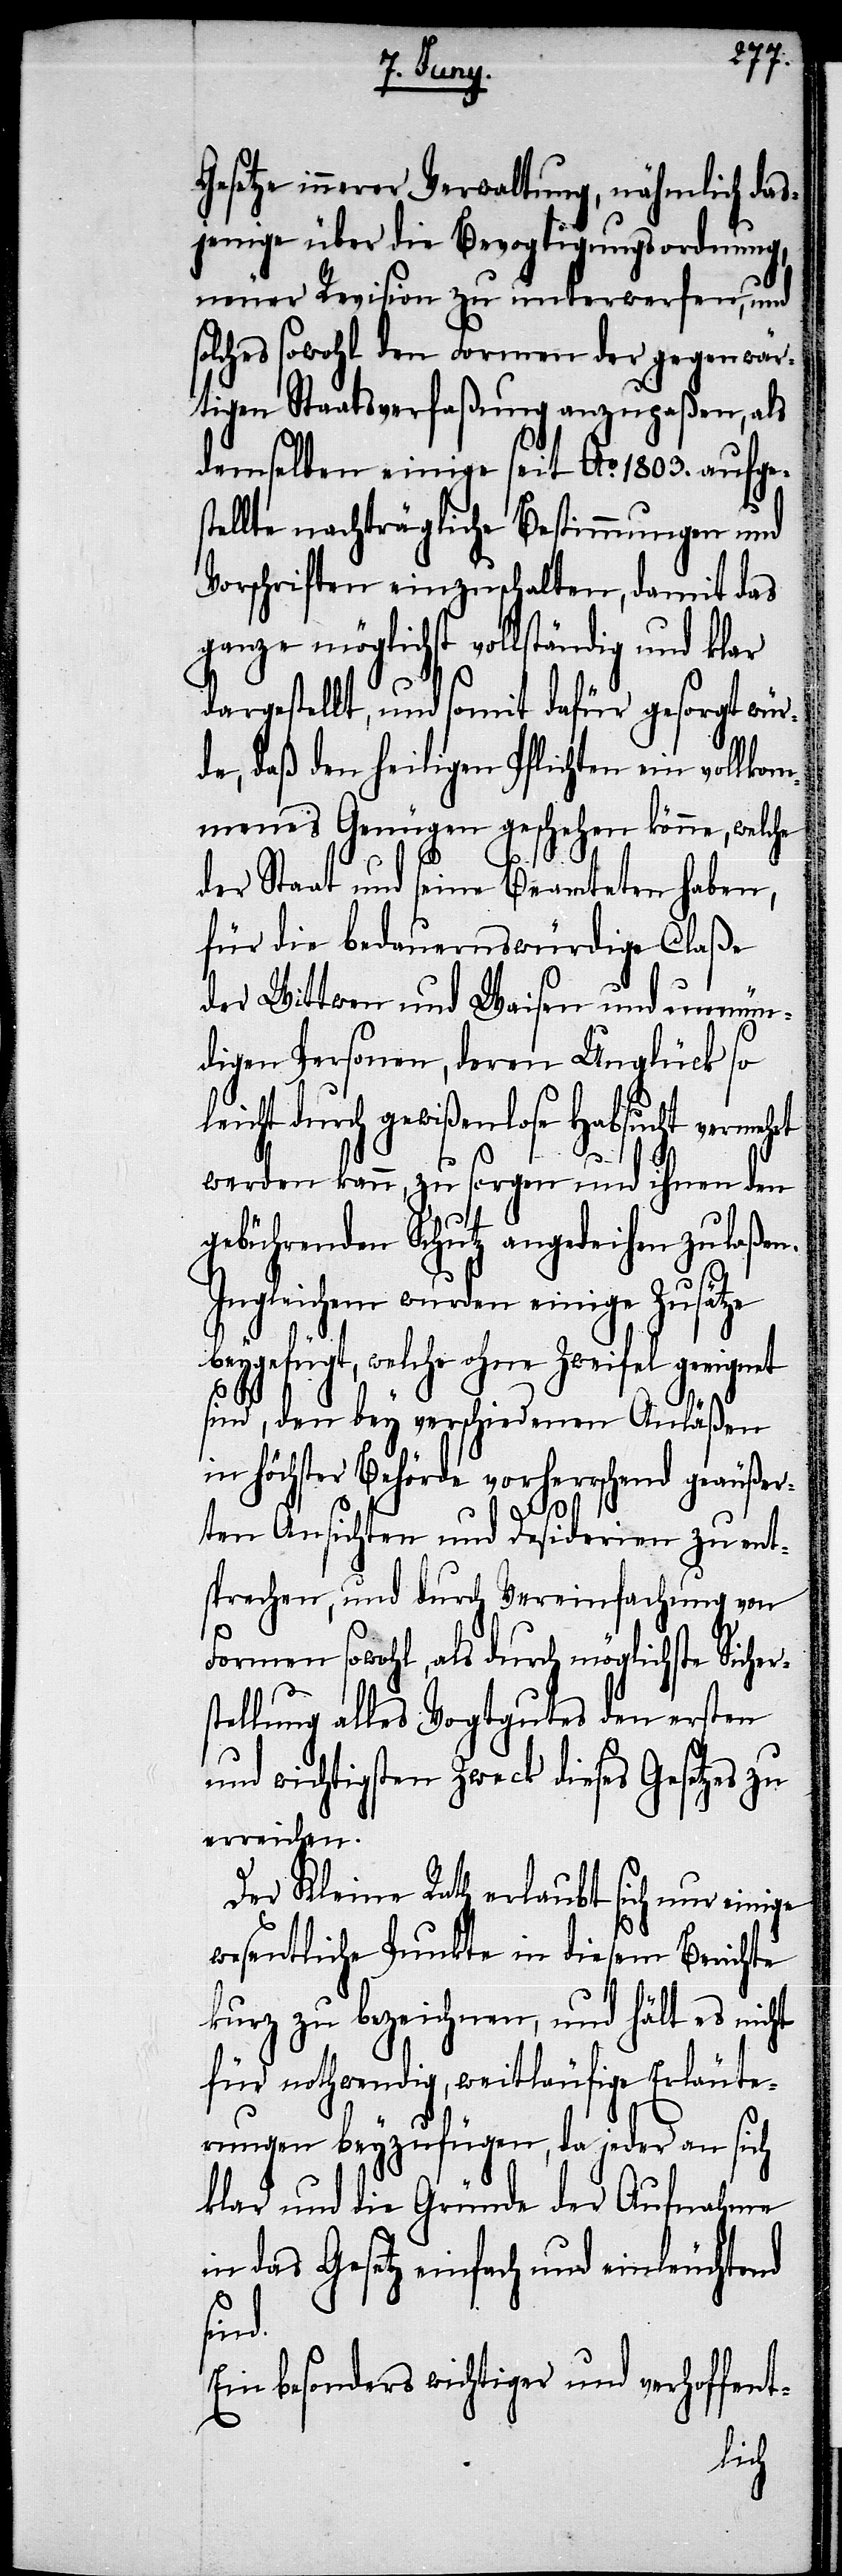
Gesetze innerer Verwaltung, nähmlich das¬
jenige über die Bevogtigungsordnung,
neuer Revision zu unterwerfen, und
solches sowohl den Formen der gegenwär¬
tigen Staatsverfaßung anzupaßen, als
demselben einige seit Ao. 1803. aufges¬
tellte nachträgliche Bestimmungen und
Vorschriften einzuschalten, damit das
ganze möglichst vollständig und klar
dargestellt, und somit dafür gesorgt wür¬
de, daß den heiligen Pflichten ein vollko¬
mmenes Genügen geschehen könne, welche
der Staat und seine Beamteten haben,
für die bedauernswürdige Claße
der Wittwen und Waisen und unmün¬
digen Personen, deren Unglück so
leicht durch gewißenlose Habsucht vermehrt
werden kann, zu sorgen und ihnen den
gebührenden Schutz angedeihen zu laßen.
Ingleichem wurden einige Zusätze
beygefügt, welche ohne Zweifel geeignet
sind, den bey verschiedenen Anläßen
in höchster Behörde vorherrschend geäußer¬
r¬
ten Ansichten und Desiderien zu ent¬
sprechen, und durch Vereinfachung von
Formen sowohl, als durch möglichste Siche¬
stellung alles Vogtgutes den ersten
und wichtigsten Zweck dieses Gesetzes zu
erreichen.
Der Kleine Rath erlaubt sich nur einige
wesentliche Punkte in diesem Berichte
kurz zu bezeichnen, und hält es nicht
für nothwendig, weitläufige Erläute¬
rungen beyzufügen, da jeder an sich
klar und die Gründe der Aufnahme
in das Gesetz einfach und einleuchtend
sind.
Ein besonders wichtiger und verhoffent-